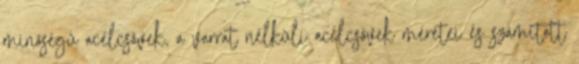
minõségû acélcsövek, a varrat nélküli acélcsövek méretei és számított